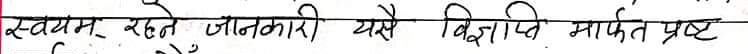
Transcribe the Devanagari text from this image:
स्वयम् रहने जानकारी यसै विज्ञप्ति मार्फत प्रष्ट